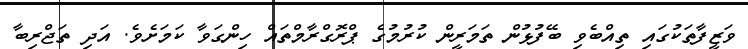
ވަޒީފާތަކުގައި ތިއްބެވި ބޭފުޅުން ތަމަރީން ކުރުމުގެ ޕްރޮގްރާމްތައް ހިންގަވާ ކަމަށެވެ. އަދި ތަޖްރިބާ